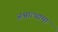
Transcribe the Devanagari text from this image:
अश्वात्थामा